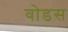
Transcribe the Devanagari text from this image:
वोडस